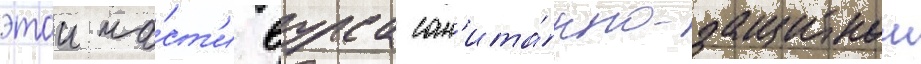
этои ча́ст'и вурса сан'ита́рно-защитнои